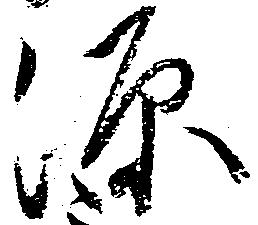
源